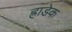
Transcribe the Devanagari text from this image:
ह्राडेक